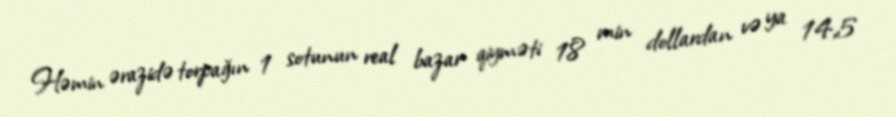
Həmin ərazidə torpağın 1 sotunun real bazar qiyməti 18 min dollardan və ya 14,5